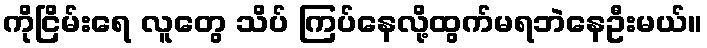
ကိုငြိမ်းရေ လူတွေ သိပ် ကြပ်နေလို့ထွက်မရဘဲနေဦးမယ်။